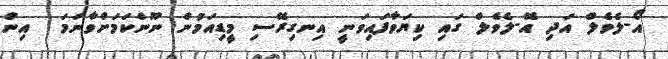
އޯ-ލެވެލް އަދި އޭ-ލެވެލް ގައި ކިޔަވާފައިވަނީ އިނގިރޭސި މީޑިއަމުން ނޫންކަމަށްވާނަމަ  އިން